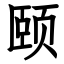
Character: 颐